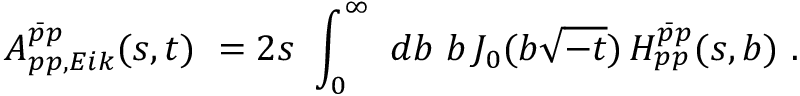
A _ { p p , E i k } ^ { \bar { p } p } ( s , t ) \ = 2 s \ \int _ { 0 } ^ { \infty } \ d b \ b \, J _ { 0 } ( b \sqrt { - t } ) \, H _ { p p } ^ { \bar { p } p } ( s , b ) \ .